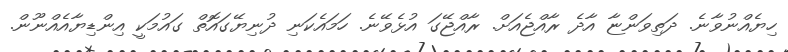
ހިޔެއްނުވާނެ. ދަތިވަންޏާ އާދެ ރާއްޖެއަށް. ރާއްޖޭގަ އުޅެވޭނެ. ހަމައެކަނި ދުނިޔޭގައޮތް ގައުމަކީ އިންޑިޔާއެއްނޫން.